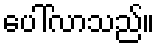
ပေါ်လာသည်။